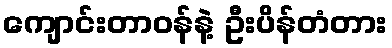
ကျောင်းတာဝန်နဲ့ ဦးပိန်တံတား